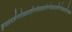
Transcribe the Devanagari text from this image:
कुलप्रदर्शनगोलप्रदर्शनगोलप्रदर्शनगोलप्रदर्शनगोलप्रदर्शनलक्ष्य